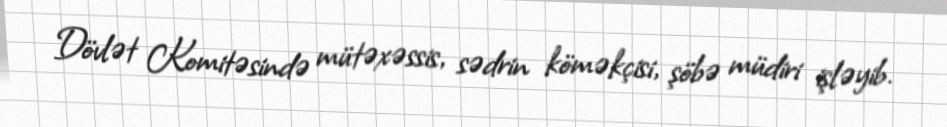
Dövlət Komitəsində mütəxəssis, sədrin köməkçisi, şöbə müdiri işləyib.